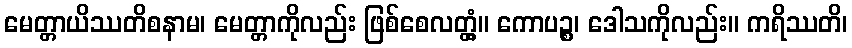
မေတ္တာယိဿတိစနာမ၊ မေတ္တာကိုလည်း ဖြစ်စေလတ္တံ့။ ကောပဉ္စ၊ ဒေါသကိုလည်း။ ကရိဿတိ၊